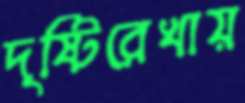
দৃষ্টিরেখায়